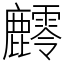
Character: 䴫